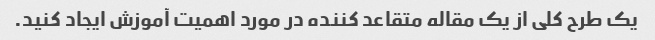
یک طرح کلی از یک مقاله متقاعد کننده در مورد اهمیت آموزش ایجاد کنید.